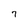
Character: 7